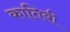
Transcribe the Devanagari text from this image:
कातिबी